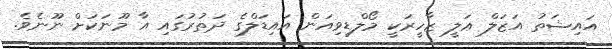
އައިޝަތު އަޒަލް ޢަލީ ޒާހީރަކީ މޯލްޑިވިއަން އައިޑަލްގެ ދަތުރުގައި އާ މޫނަކަށް ނޫނެވެ.